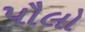
પૌલો